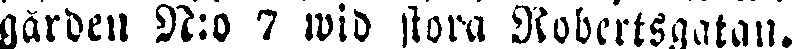
gården N:o 7 wid stora Robertsgatan.